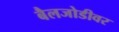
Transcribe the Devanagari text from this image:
बैलजोडीवर